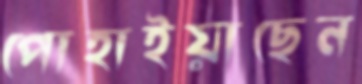
পোহাইয়াছেন